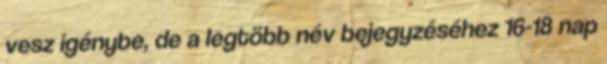
vesz igénybe, de a legtöbb név bejegyzéséhez 16-18 nap